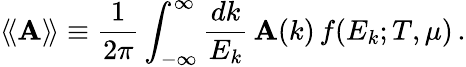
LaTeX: \langle\! \langle\mathbf{A}\rangle\! \rangle\equiv{\frac{{1}}{{2\pi}}}\int_{-\infty}^{\infty}{\frac{{dk}}{{E_{k}}}}\, \mathbf{A}(k)\, f(E_{k};T,\mu)\, .